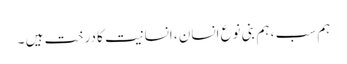
ہم سب ، ہم بنی نوعِ انسان ، انسانیت کا درخت ہیں ۔